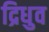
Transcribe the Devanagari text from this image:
द्रिधुव